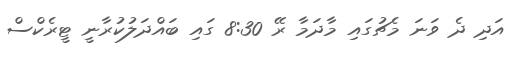
އަދި ދެ ވަނަ މެޗުގައި މާދަމާ ރޭ 8:30 ގައި ބައްދަލުކުރާނީ ޓީރެކްސް